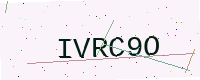
Text: IVRC9O